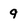
Character: 9